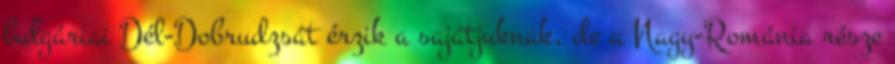
bulgáriai Dél-Dobrudzsát érzik a sajátjuknak, de a Nagy-Románia része